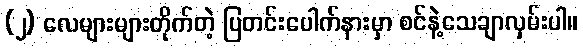
(၂) လေများများတိုက်တဲ့ ပြတင်းပေါက်နားမှာ စင်နဲ့သေချာလှမ်းပါ။